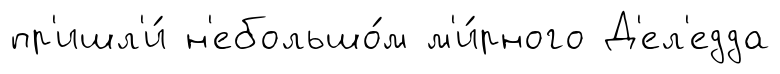
пр'ишл'и́ н'ебольшо́м м'и́рного Д'ел'едда